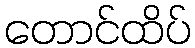
တောင်ထိပ်